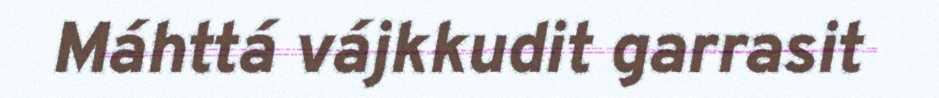
Máhttá vájkkudit garrasit